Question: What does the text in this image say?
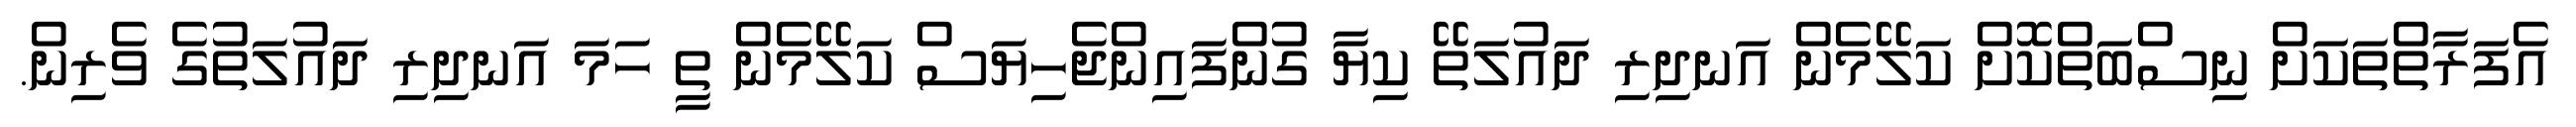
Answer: އެފަރާތްތަކަށް ނިސްބަތްކޮށް ކަލޭމެން އަނދިރި ދައުލަތޭ ކިޔާ ގުންފައިންޖެހިޔަސް ކަލޭމެން ތީ ހަމަ އަނދިރި ދައުލަތުގެ ވެރިން.